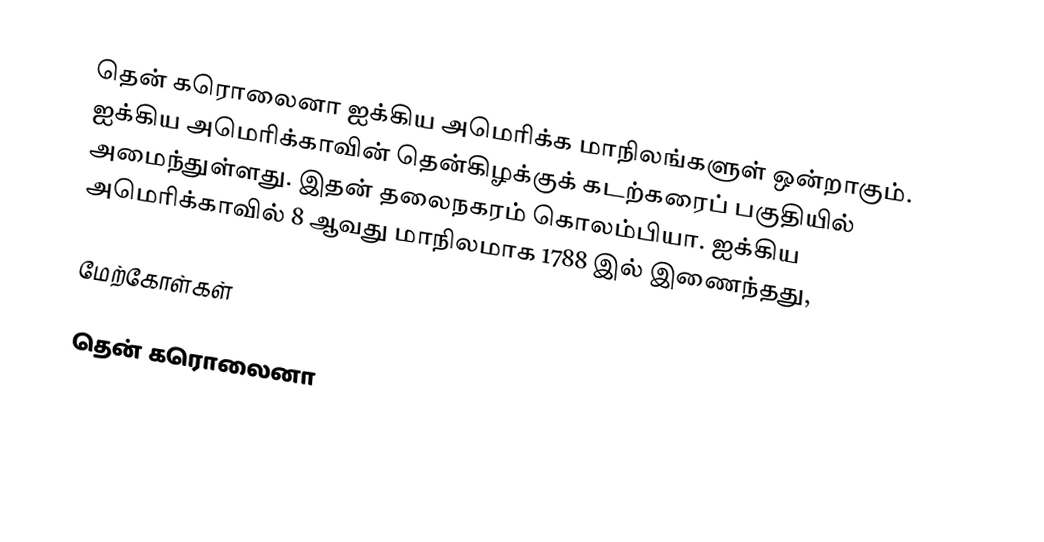
தென் கரொலைனா ஐக்கிய அமெரிக்க மாநிலங்களுள் ஒன்றாகும். ஐக்கிய அமெரிக்காவின் தென்கிழக்குக் கடற்கரைப் பகுதியில் அமைந்துள்ளது. இதன் தலைநகரம் கொலம்பியா. ஐக்கிய அமெரிக்காவில் 8 ஆவது மாநிலமாக 1788 இல் இணைந்தது,

மேற்கோள்கள்

தென் கரொலைனா